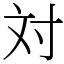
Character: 対